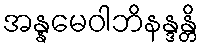
အန္နမေဝါဘိနန္ဒန္တိ